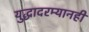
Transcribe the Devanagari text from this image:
युद्धादरम्यानही